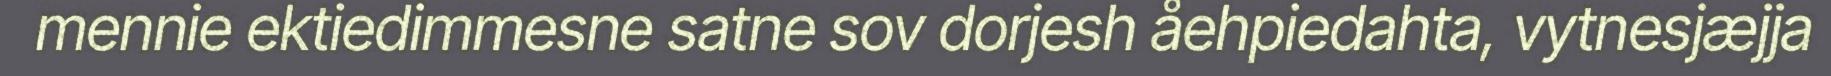
mennie ektiedimmesne satne sov dorjesh åehpiedahta, vytnesjæjja